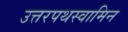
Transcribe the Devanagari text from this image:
उत्तरपथस्वामिन